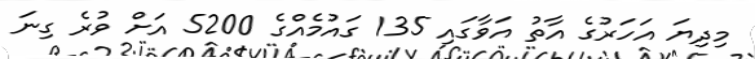
މިދިޔަ އަހަރުގެ އާތު އަވާގައި 135 ގައުމެއްގެ 5200 އަށް ވުރެ ގިނަ